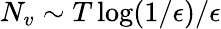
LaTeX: N_{v}\sim T\log(1/\epsilon)/\epsilon